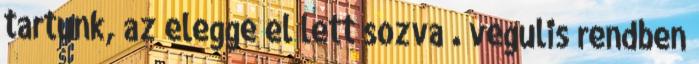
tartunk, az elegge el lett sozva . vegulis rendben